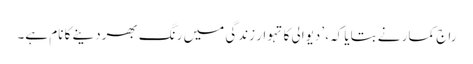
راج کمار نے بتایا کہ، ’دیوالی کا تہوار زندگی میں رنگ بھردینے کا نام ہے۔